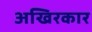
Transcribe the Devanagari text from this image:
अखिरकार